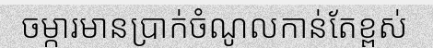
ចម្ការមានប្រាក់ចំណូលកាន់តែខ្ពស់